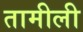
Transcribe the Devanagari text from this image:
तामीली